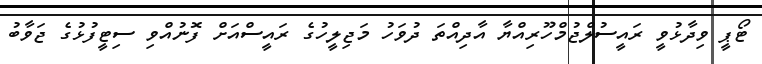
ޓޯޕީ ވިދާޅުވީ ރައީސުލްޖުމްހޫރިއްޔާ އާދިއްތަ ދުވަހު މަޖިލީހުގެ ރައީސްއަށް ފޮނުއްވި ސިޓީފުޅުގެ ޖަވާބު